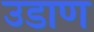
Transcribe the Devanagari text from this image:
उडाण